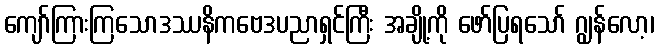
ကျော်ကြားကြသောဒဿနိကဗေဒပညာရှင်ကြီး အချို့ကို ဖော်ပြရသော် ဂျွန်လော့၊